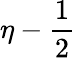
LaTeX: \eta-\frac 12